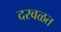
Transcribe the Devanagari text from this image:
दरवळत